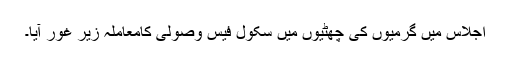
اجلاس میں گرمیوں کی چھٹیوں میں سکول فیس وصولی کامعاملہ زیر غور آیا۔